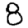
Digit: 8